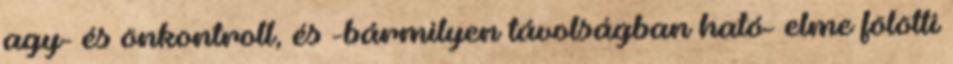
agy- és önkontroll, és -bármilyen távolságban ható- elme fölötti